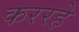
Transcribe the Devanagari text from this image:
कररहे